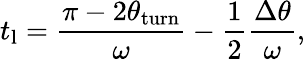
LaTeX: t_{\mathrm{l}}=\frac{\pi-2\theta_{\mathrm{turn}}}{\omega}-\frac{1}{2}\frac{\Delta\theta}{\omega},